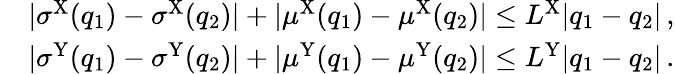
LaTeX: \begin{array}{rl}&{|\sigma^{\mathrm{X}}(q_{1})-\sigma^{\mathrm{X}}(q_{2})|+|\mu^{\mathrm{X}}(q_{1})-\mu^{\mathrm{X}}(q_{2})|\leq L^{\mathrm{X}}|q_{1}-q_{2}|\, ,}\\ &{|\sigma^{\mathrm{Y}}(q_{1})-\sigma^{\mathrm{Y}}(q_{2})|+|\mu^{\mathrm{Y}}(q_{1})-\mu^{\mathrm{Y}}(q_{2})|\leq L^{\mathrm{Y}}|q_{1}-q_{2}|\, .}\end{array}